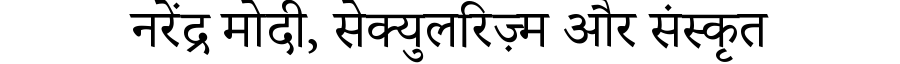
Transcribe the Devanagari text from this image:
नरेंद्र मोदी, सेक्युलरिज़्म और संस्कृत